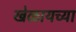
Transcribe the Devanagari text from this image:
खेळायच्या